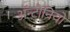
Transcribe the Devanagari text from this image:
ॲन्टोनियो